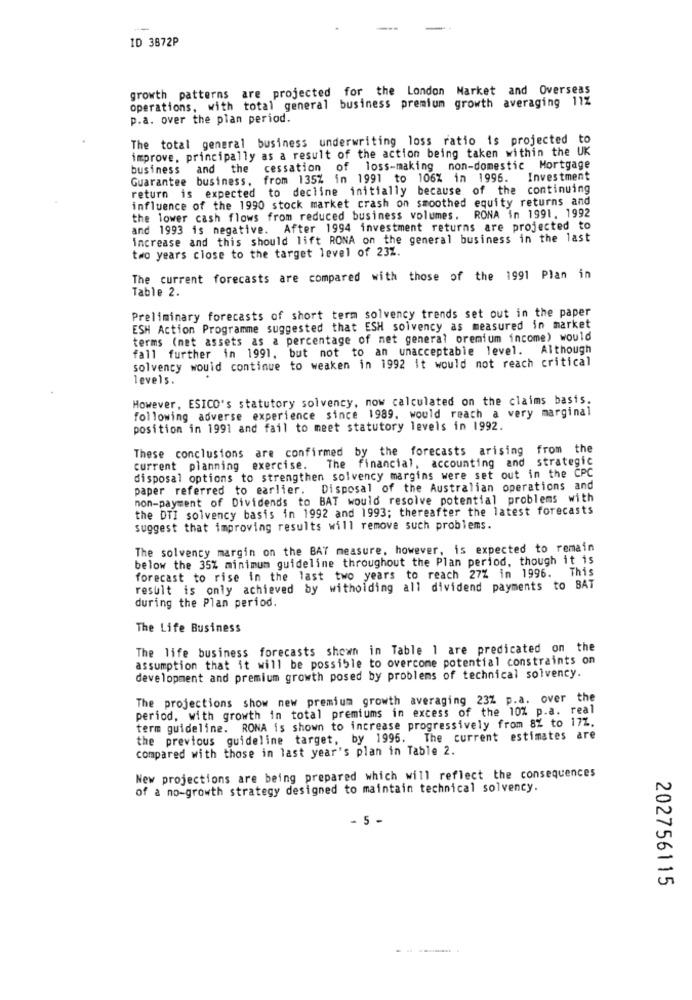
ID 3872P
growth patterns are projected for the London Market and Overseas
operations, with total general business premium growth averaging 11%
p.a. over the plan period.
The total general business underwriting loss ratio is projected to
improve, principally as a result of the action being taken within the UK
business and the cessation of loss-making non-domestic Mortgage
Guarantee business, from 135% in 1991 to 106% in 1996.
Investment
return is expected to decline initially because of the continuing
influence of the 1990 stock market crash on smoothed equity returns and
the lower cash flows from reduced business volumes. RONA in 1991, 1992
and 1993 is negative. After 1994 investment returns are projected to
increase and this should lift RONA on the general business in the last
two years close to the target level of 23Z.
The current forecasts are compared with those of the 1991 Plan in
Table 2.
Preliminary forecasts of short term solvency trends set out in the paper
ESH Action Programme suggested that ESH solvency as measured in market
terms (net assets as a percentage of net general oremium income) would
fall further in 1991, but not to an unacceptable level. Although
solvency would continue to weaken in 1992 it would not reach critical
levels.
However, ESICO's statutory solvency, now calculated on the claims basis.
following adverse experience since 1989. would reach a very marginal
position in 1991 and fail to meet statutory levels in 1992.
These conclusions are confirmed by the forecasts arising from the
The financial, accounting and strategic
current planning exercise.
disposal options to strengthen solvency margins were set out in the CPC
paper referred to earlier. Disposal of the Australian operations and
non-payment of Dividends to BAT would resolve potential problems with
the DTI solvency basis in 1992 and 1993; thereafter the latest forecasts
suggest that improving results will remove such problems.
The solvency margin on the BAT measure, however, is expected to remain
below the 35% minimum guideline throughout the Plan period, though it is
forecast to rise in the last two years to reach 27% in 1996. This
result is only achieved by witholding all dividend payments to BAT
during the Plan period.
The Life Business
The life business forecasts shown in Table 1 are predicated on the
assumption that it will be possible to overcome potential constraints on
development and premium growth posed by problems of technical solvency.
The projections show new premium growth averaging 23% p.a. over the
period, with growth in total premiums in excess of the 10% p.a. real
term guideline. RONA is shown to increase progressively from 8% to 17Z.
the previous guideline target, by 1995. The current estimates are
compared with those in last year's plan in Table 2.
New projections are being prepared which will reflect the consequences
of a no-growth strategy designed to maintain technical solvency.
- 5 -
202756115